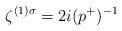
LaTeX: \begin{align*}\zeta^{(1)\sigma} = 2i (p^+)^{-1}\end{align*}